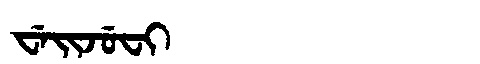
Manchu: ᠸᡝᡳᠵᡠᠸᡳ
Romanization: WEIJUFI